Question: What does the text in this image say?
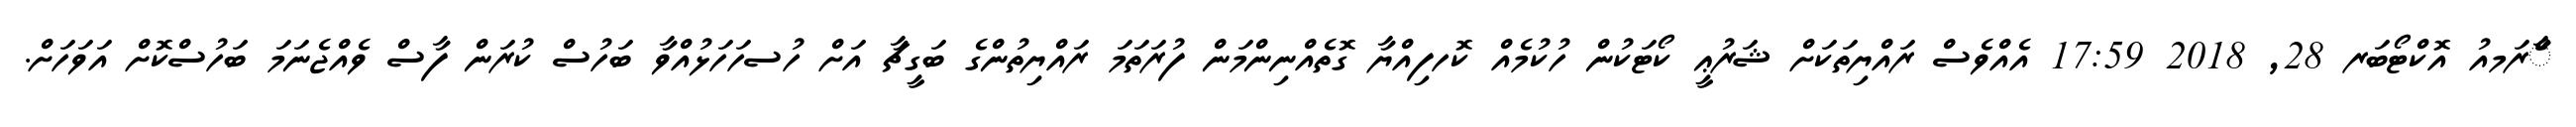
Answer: ާަެރަމއު އޮކްޓޯބަރ 28, 2018 17:59 އެއްވެސް ރައްޔިތަކަށް ޝަރުޢީ ކޯޓަކުން ހުކުމެއް ކޮހފިއްޔާ ގޮތެއްނިންމަން ފުރަތަމަ ރައްޔިތުންގެ ބަގީޗާ އަށް ހުސހަހަޅުއްވާ ބަހުސް ކުރަން ފާސް ވެއްޖެނަމަ ބަހުސްކޮށް އަވަހަށް.